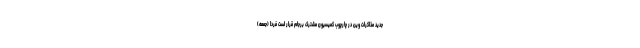
جدید مذاکرات وین در چارچوب کمیسیون مشترک برجام قرار است فردا (جمعه)